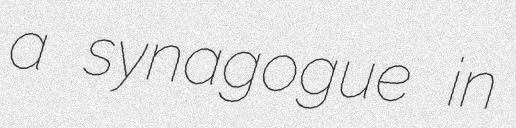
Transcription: a synagogue in